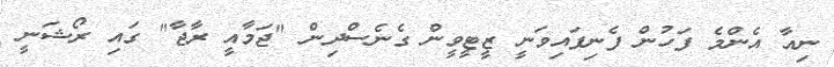
ނިއާ އެންމެ ފަހުން ފެނިފައިވަނީ ޒީޓީވީން ގެނެސްދިން "ޖަމާއީ ރާޖާ" ގައި ރޯޝަނީ